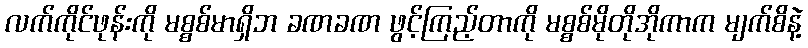
လက်ကိုင်ဖုန်းကို မစ္စစ်မာရှိဘ ခဏခဏ ဖွင့်ကြည့်တာကို မစ္စစ်မိုတိုအိုကာက မျက်စိနဲ့